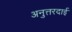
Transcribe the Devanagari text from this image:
अनुत्तरदाई